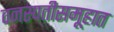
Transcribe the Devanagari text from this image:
वनस्पतीसमूहात